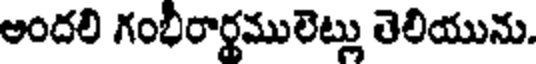
అందలి గంభిరార్థములెట్లు తెలియును.